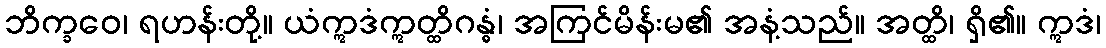
ဘိက္ခဝေ၊ ရဟန်းတို့။ ယံဣဒံဣတ္ထိဂန္ဓံ၊ အကြင်မိန်းမ၏ အနံ့သည်။ အတ္ထိ၊ ရှိ၏။ ဣဒံ၊